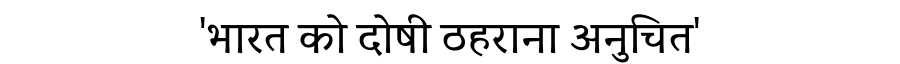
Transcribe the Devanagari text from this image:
'भारत को दोषी ठहराना अनुचित'